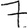
Digit: 7